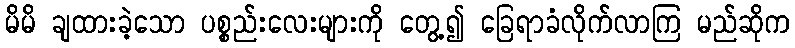
မိမိ ချထားခဲ့သော ပစ္စည်းလေးများကို တွေ့၍ ခြေရာခံလိုက်လာကြ မည်ဆိုက